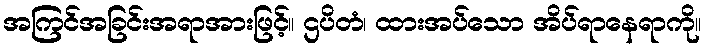
အကြင်အခြင်းအရာအားဖြင့်။ ဌပိတံ၊ ထားအပ်သော အိပ်ရာနေရာကို။